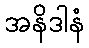
အနိဒါနံ